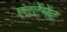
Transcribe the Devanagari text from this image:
एंटर्टेमेंट